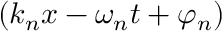
( k _ { n } x - \omega _ { n } t + \varphi _ { n } )